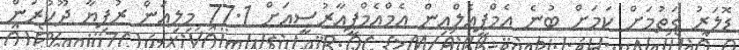
ޑޮލަރު ގަތުމަށް ކަމަށް ބުނެ އެމްޕީއެލްއިން އެމްއެމްޕީއާރުސީއަށް 77.1 މިލިއަން ރުފިޔާ ދޫކުރަން